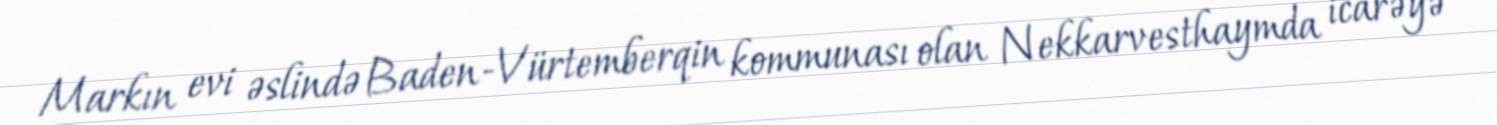
Markın evi əslində Baden-Vürtemberqin kommunası olan Nekkarvesthaymda icarəyə